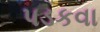
પડકવા